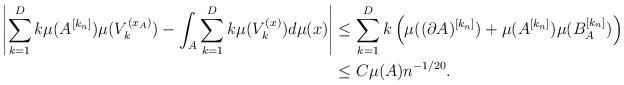
LaTeX: \begin{align*}\left|\sum_{k=1}^Dk \mu(A^{[k_n]})\mu(V_k^{(x_A)})-\int_A \sum_{k=1}^Dk \mu(V_k^{(x)})d\mu(x)\right|&\leq \sum_{k=1}^Dk\left( \mu((\partial A)^{[k_n]})+\mu(A^{[k_n]})\mu(B_A^{[k_n]}) \right) \\& \leq C\mu(A)n^{-1/20}.\end{align*}